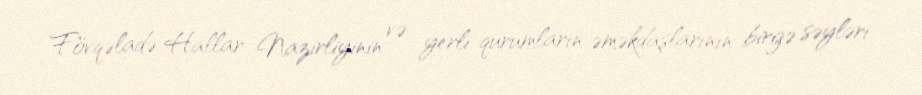
Fövqəladə Hallar Nazirliyinin və yerli qurumların əməkdaşlarının birgə səyləri